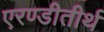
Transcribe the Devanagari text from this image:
एरण्डीतीर्थ